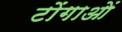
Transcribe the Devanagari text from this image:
टोंगाओं